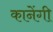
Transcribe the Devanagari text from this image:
कानेंगी